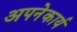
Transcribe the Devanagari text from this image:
अपनेकार्य